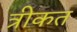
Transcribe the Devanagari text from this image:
त्रीकत